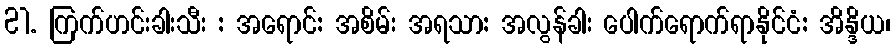
21. ကြက်ဟင်းခါးသီး : အရောင်: အစိမ်း အရသာ: အလွန်ခါး ပေါက်ရောက်ရာနိုင်ငံ: အိန္ဒိယ၊